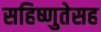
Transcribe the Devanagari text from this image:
सहिष्णुतेसह